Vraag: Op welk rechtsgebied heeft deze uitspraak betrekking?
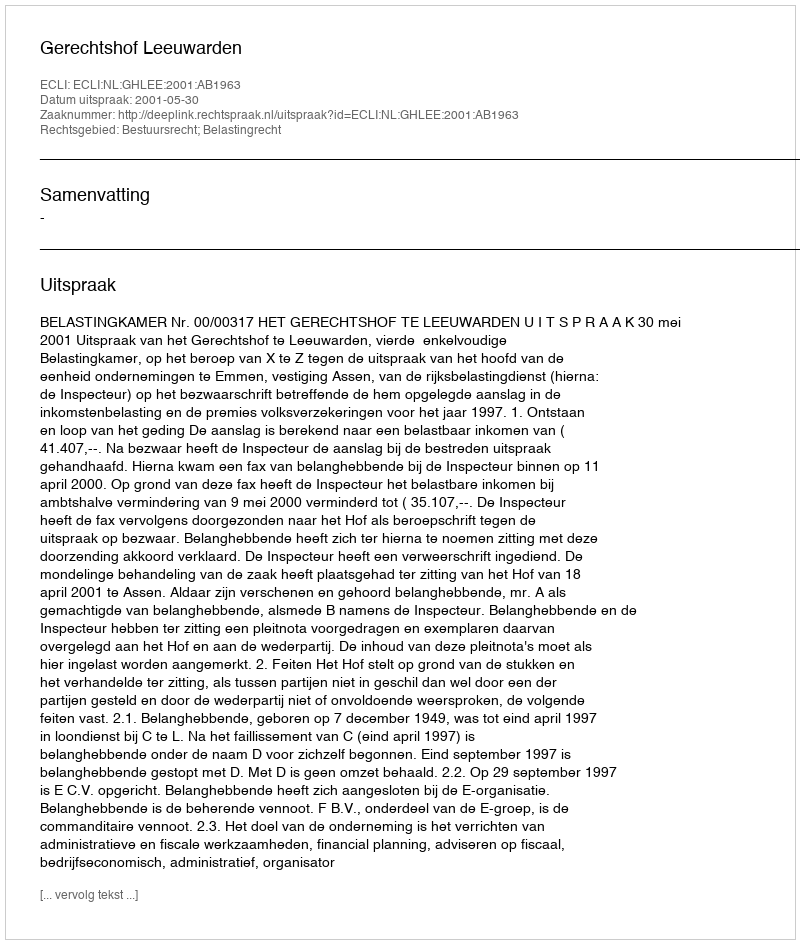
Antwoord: Bestuursrecht; Belastingrecht